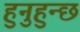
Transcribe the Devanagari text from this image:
हुनुहुन्छ